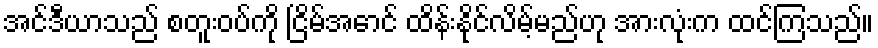
အင်ဒီယာသည် စတူးဝပ်ကို ငြိမ်အောင် ထိန်းနိုင်လိမ့်မည်ဟု အားလုံးက ထင်ကြသည်။